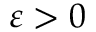
\varepsilon > 0